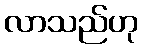
လာသည်ဟု